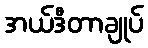
အယ်ဒီတာချုပ်